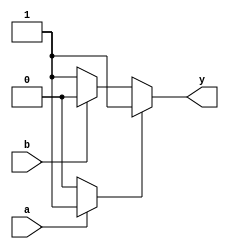
module multiple_drivers (
    output wire y,  // Output signal driven by multiple sources
    input wire a,   // Input signal for driver 1
    input wire b    // Input signal for driver 2
);

    // Internal wire to hold the resolved value
    wire driver1_out;
    wire driver2_out;

    // Driver 1: Assigns value based on input 'a'
    assign driver1_out = (a) ? 1'b1 : 1'b0; // Driver 1 drives '1' if 'a' is high

    // Driver 2: Assigns value based on input 'b'
    assign driver2_out = (b) ? 1'b0 : 1'b1; // Driver 2 drives '0' if 'b' is high

    // Resolution logic: Prioritize driver 1 over driver 2
    assign y = (driver1_out) ? driver1_out : driver2_out;

endmodule